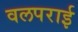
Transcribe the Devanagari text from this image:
वलपराई